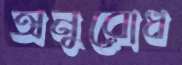
অনুরোধ